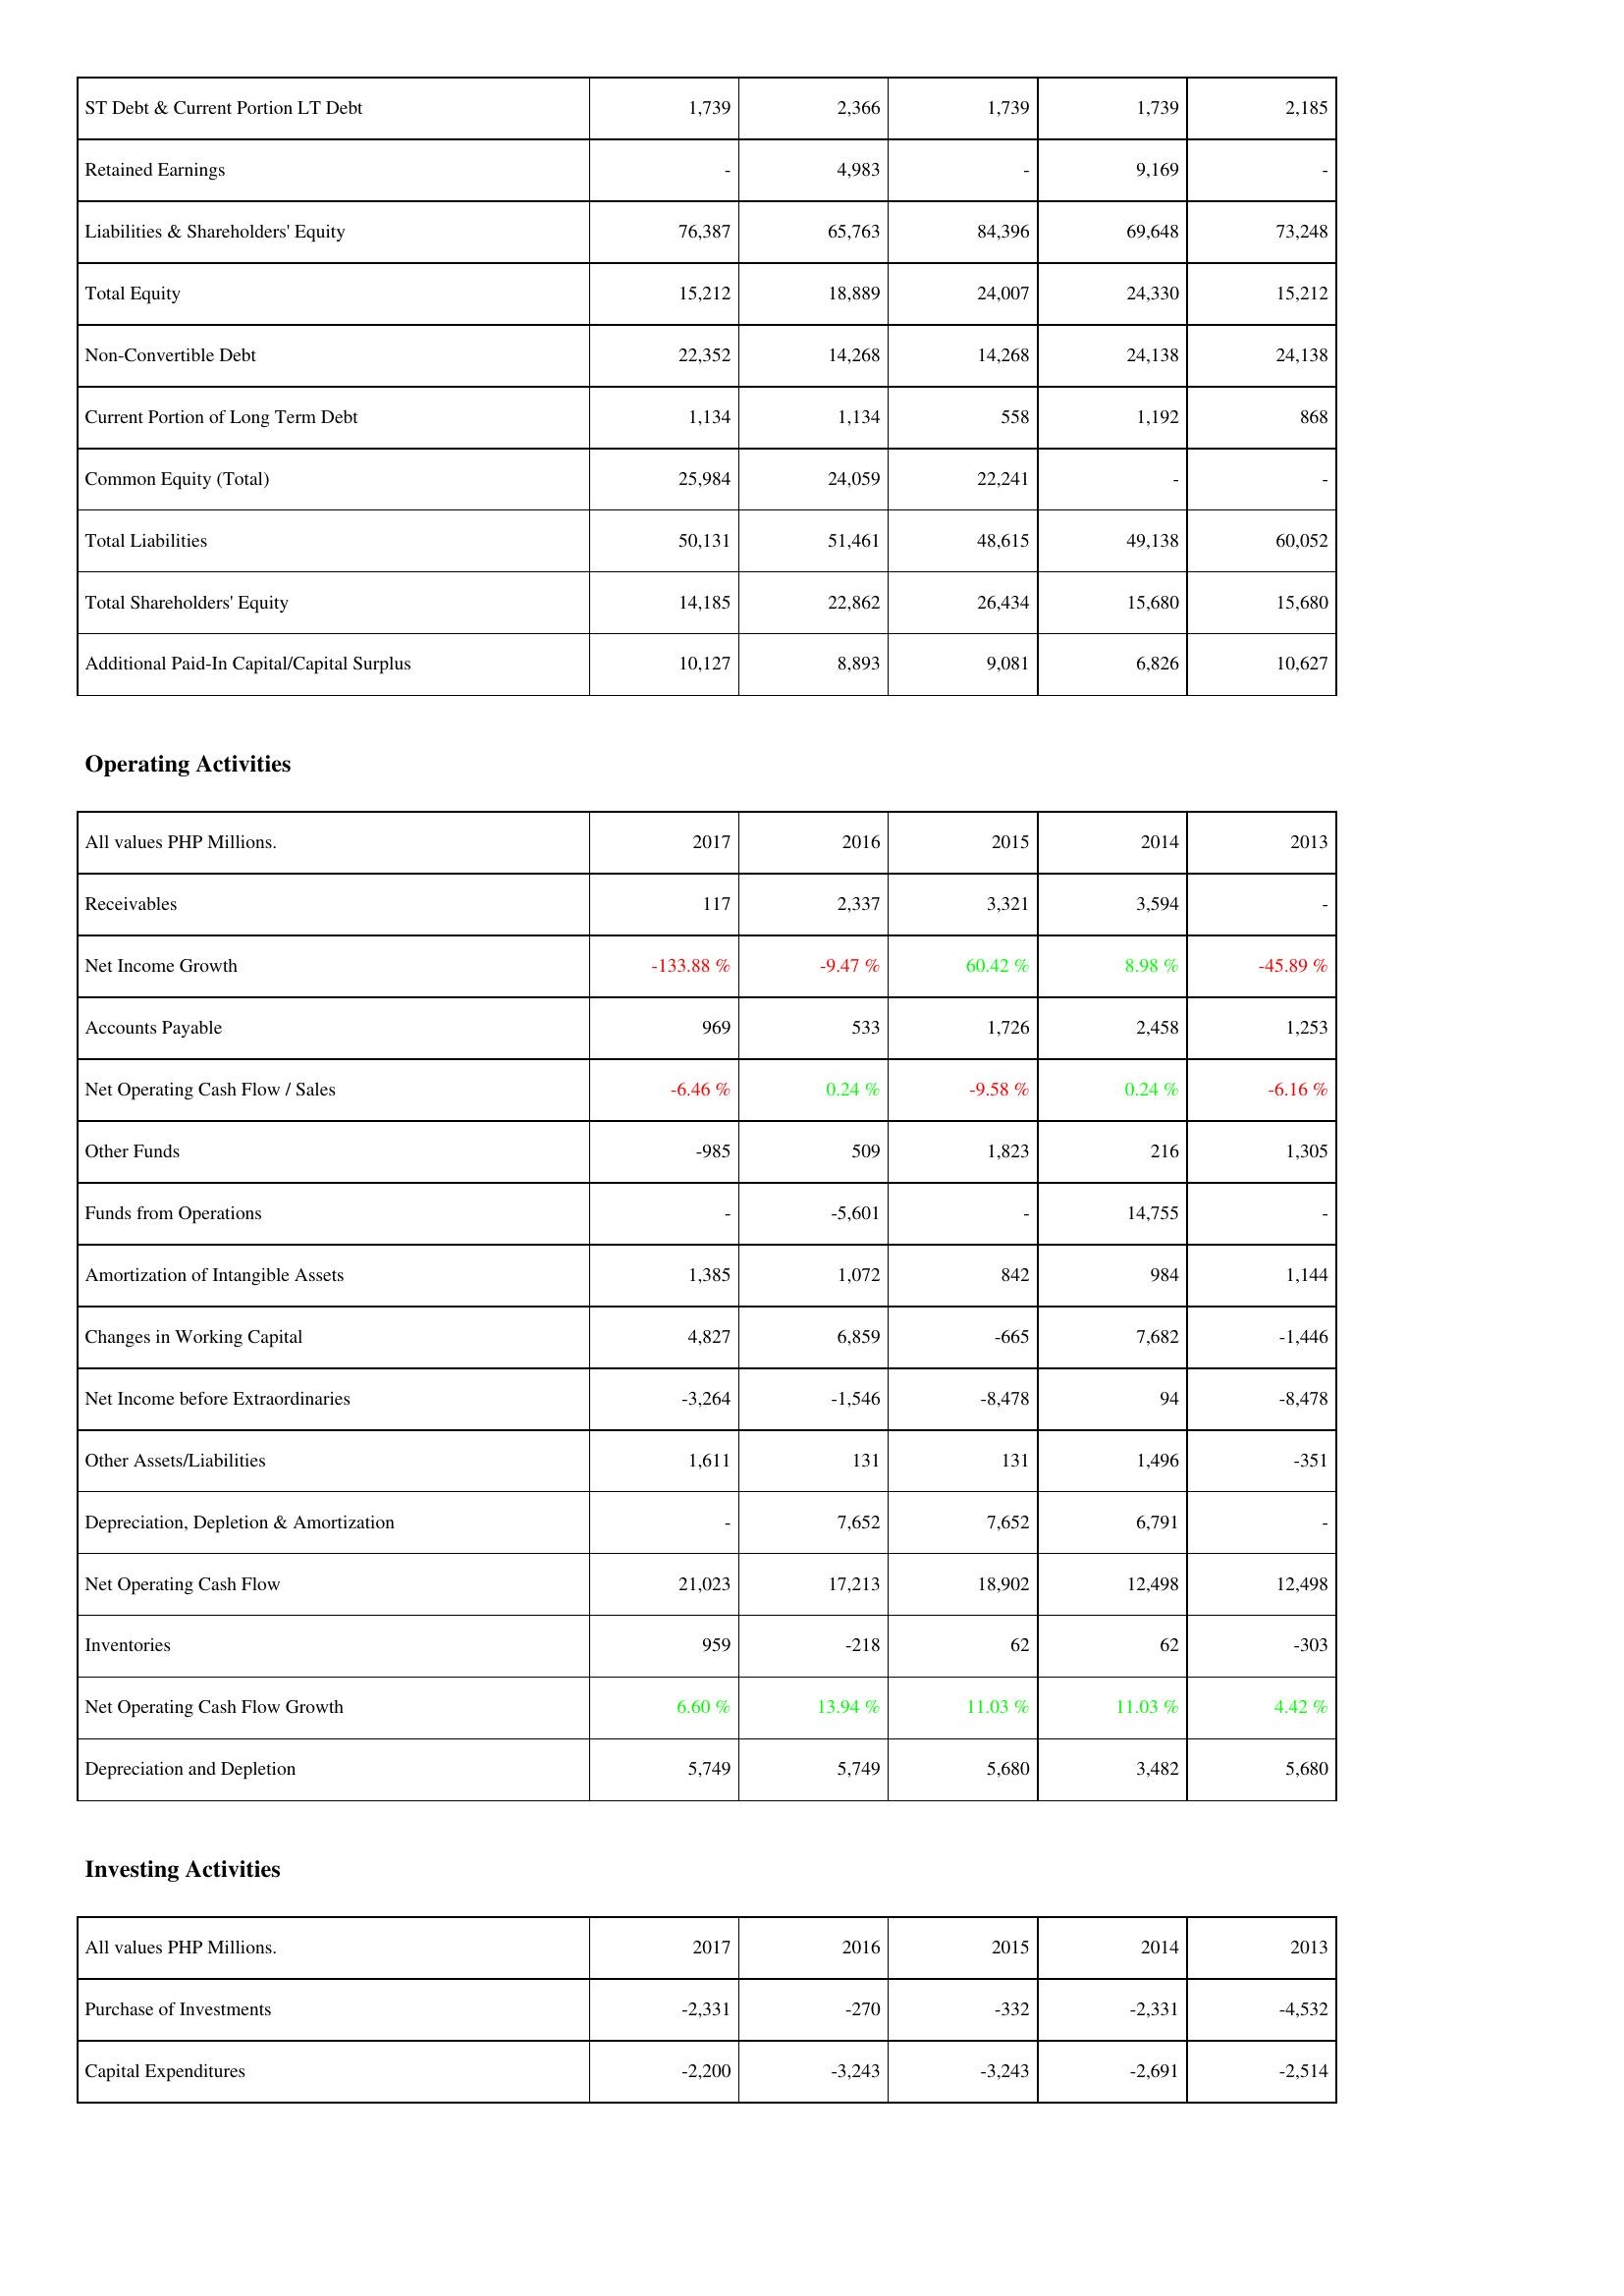
2017: Liabilities & Shareholders' Equity: ST Debt & Current Portion LT Debt: 1,739
Retained Earnings: -
Liabilities & Shareholders' Equity: 76,387
Total Equity: 15,212
Non-Convertible Debt: 22,352
Current Portion of Long Term Debt: 1,134
Common Equity (Total): 25,984
Total Liabilities: 50,131
Total Shareholders' Equity: 14,185
Additional Paid-In Capital/Capital Surplus: 10,127
Operating Activities: Receivables: 117
Net Income Growth: -133.88 %
Accounts Payable: 969
Net Operating Cash Flow / Sales: -6.46 %
Other Funds: -985
Funds from Operations: -
Amortization of Intangible Assets: 1,385
Changes in Working Capital: 4,827
Net Income before Extraordinaries: -3,264
Other Assets/Liabilities: 1,611
Depreciation, Depletion & Amortization: -
Net Operating Cash Flow: 21,023
Inventories: 959
Net Operating Cash Flow Growth: 6.60 %
Depreciation and Depletion: 5,749
Investing Activities: Purchase of Investments: -2,331
Capital Expenditures: -2,200
2016: Liabilities & Shareholders' Equity: ST Debt & Current Portion LT Debt: 2,366
Retained Earnings: 4,983
Liabilities & Shareholders' Equity: 65,763
Total Equity: 18,889
Non-Convertible Debt: 14,268
Current Portion of Long Term Debt: 1,134
Common Equity (Total): 24,059
Total Liabilities: 51,461
Total Shareholders' Equity: 22,862
Additional Paid-In Capital/Capital Surplus: 8,893
Operating Activities: Receivables: 2,337
Net Income Growth: -9.47 %
Accounts Payable: 533
Net Operating Cash Flow / Sales: 0.24 %
Other Funds: 509
Funds from Operations: -5,601
Amortization of Intangible Assets: 1,072
Changes in Working Capital: 6,859
Net Income before Extraordinaries: -1,546
Other Assets/Liabilities: 131
Depreciation, Depletion & Amortization: 7,652
Net Operating Cash Flow: 17,213
Inventories: -218
Net Operating Cash Flow Growth: 13.94 %
Depreciation and Depletion: 5,749
Investing Activities: Purchase of Investments: -270
Capital Expenditures: -3,243
2015: Liabilities & Shareholders' Equity: ST Debt & Current Portion LT Debt: 1,739
Retained Earnings: -
Liabilities & Shareholders' Equity: 84,396
Total Equity: 24,007
Non-Convertible Debt: 14,268
Current Portion of Long Term Debt: 558
Common Equity (Total): 22,241
Total Liabilities: 48,615
Total Shareholders' Equity: 26,434
Additional Paid-In Capital/Capital Surplus: 9,081
Operating Activities: Receivables: 3,321
Net Income Growth: 60.42 %
Accounts Payable: 1,726
Net Operating Cash Flow / Sales: -9.58 %
Other Funds: 1,823
Funds from Operations: -
Amortization of Intangible Assets: 842
Changes in Working Capital: -665
Net Income before Extraordinaries: -8,478
Other Assets/Liabilities: 131
Depreciation, Depletion & Amortization: 7,652
Net Operating Cash Flow: 18,902
Inventories: 62
Net Operating Cash Flow Growth: 11.03 %
Depreciation and Depletion: 5,680
Investing Activities: Purchase of Investments: -332
Capital Expenditures: -3,243
2014: Liabilities & Shareholders' Equity: ST Debt & Current Portion LT Debt: 1,739
Retained Earnings: 9,169
Liabilities & Shareholders' Equity: 69,648
Total Equity: 24,330
Non-Convertible Debt: 24,138
Current Portion of Long Term Debt: 1,192
Common Equity (Total): -
Total Liabilities: 49,138
Total Shareholders' Equity: 15,680
Additional Paid-In Capital/Capital Surplus: 6,826
Operating Activities: Receivables: 3,594
Net Income Growth: 8.98 %
Accounts Payable: 2,458
Net Operating Cash Flow / Sales: 0.24 %
Other Funds: 216
Funds from Operations: 14,755
Amortization of Intangible Assets: 984
Changes in Working Capital: 7,682
Net Income before Extraordinaries: 94
Other Assets/Liabilities: 1,496
Depreciation, Depletion & Amortization: 6,791
Net Operating Cash Flow: 12,498
Inventories: 62
Net Operating Cash Flow Growth: 11.03 %
Depreciation and Depletion: 3,482
Investing Activities: Purchase of Investments: -2,331
Capital Expenditures: -2,691
2013: Liabilities & Shareholders' Equity: ST Debt & Current Portion LT Debt: 2,185
Retained Earnings: -
Liabilities & Shareholders' Equity: 73,248
Total Equity: 15,212
Non-Convertible Debt: 24,138
Current Portion of Long Term Debt: 868
Common Equity (Total): -
Total Liabilities: 60,052
Total Shareholders' Equity: 15,680
Additional Paid-In Capital/Capital Surplus: 10,627
Operating Activities: Receivables: -
Net Income Growth: -45.89 %
Accounts Payable: 1,253
Net Operating Cash Flow / Sales: -6.16 %
Other Funds: 1,305
Funds from Operations: -
Amortization of Intangible Assets: 1,144
Changes in Working Capital: -1,446
Net Income before Extraordinaries: -8,478
Other Assets/Liabilities: -351
Depreciation, Depletion & Amortization: -
Net Operating Cash Flow: 12,498
Inventories: -303
Net Operating Cash Flow Growth: 4.42 %
Depreciation and Depletion: 5,680
Investing Activities: Purchase of Investments: -4,532
Capital Expenditures: -2,514